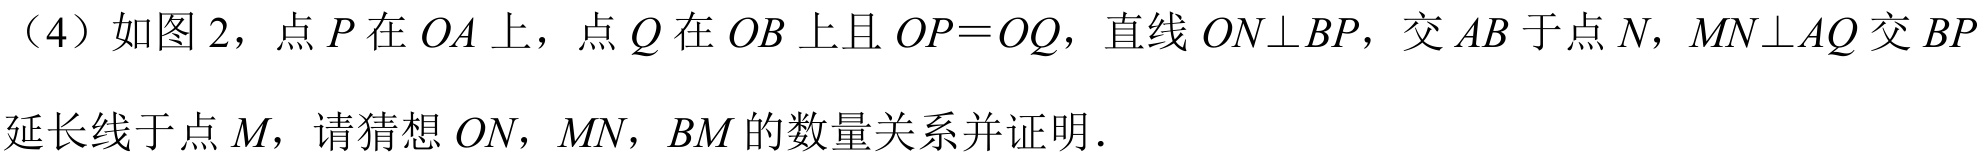
（4）如图 2，点$P$在$OA$上，点$Q$在$OB$上且$OP = OQ$，直线$ON\perp BP$，交$AB$于点$N$，$MN\perp AQ$交$BP$延长线于点$M$，请猜想$ON$，$MN$，$BM$的数量关系并证明．